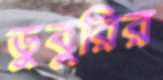
ডুবুরির